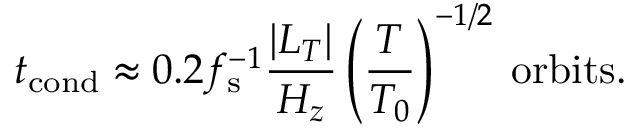
t _ { \mathrm { c o n d } } \approx 0 . 2 f _ { \mathrm { s } } ^ { - 1 } \frac { | L _ { T } | } { H _ { z } } \left( \frac { T } { T _ { 0 } } \right) ^ { - 1 / 2 } \: \mathrm { { o r b i t s } . }